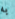
به